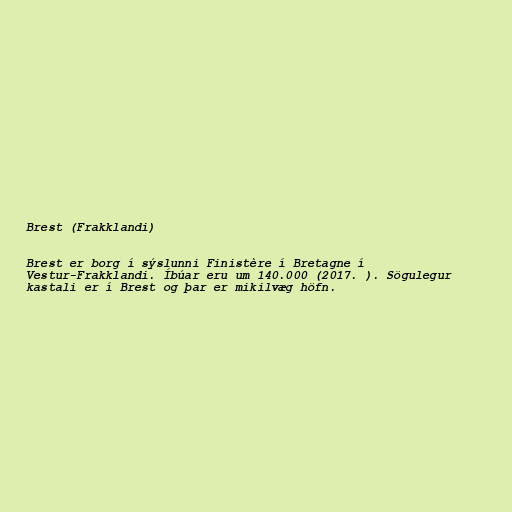
Brest (Frakklandi)

Brest er borg í sýslunni Finistère í Bretagne í
Vestur-Frakklandi. Íbúar eru um 140.000 (2017. ). Sögulegur
kastali er í Brest og þar er mikilvæg höfn.